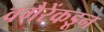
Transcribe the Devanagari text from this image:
वगैरेंकडून